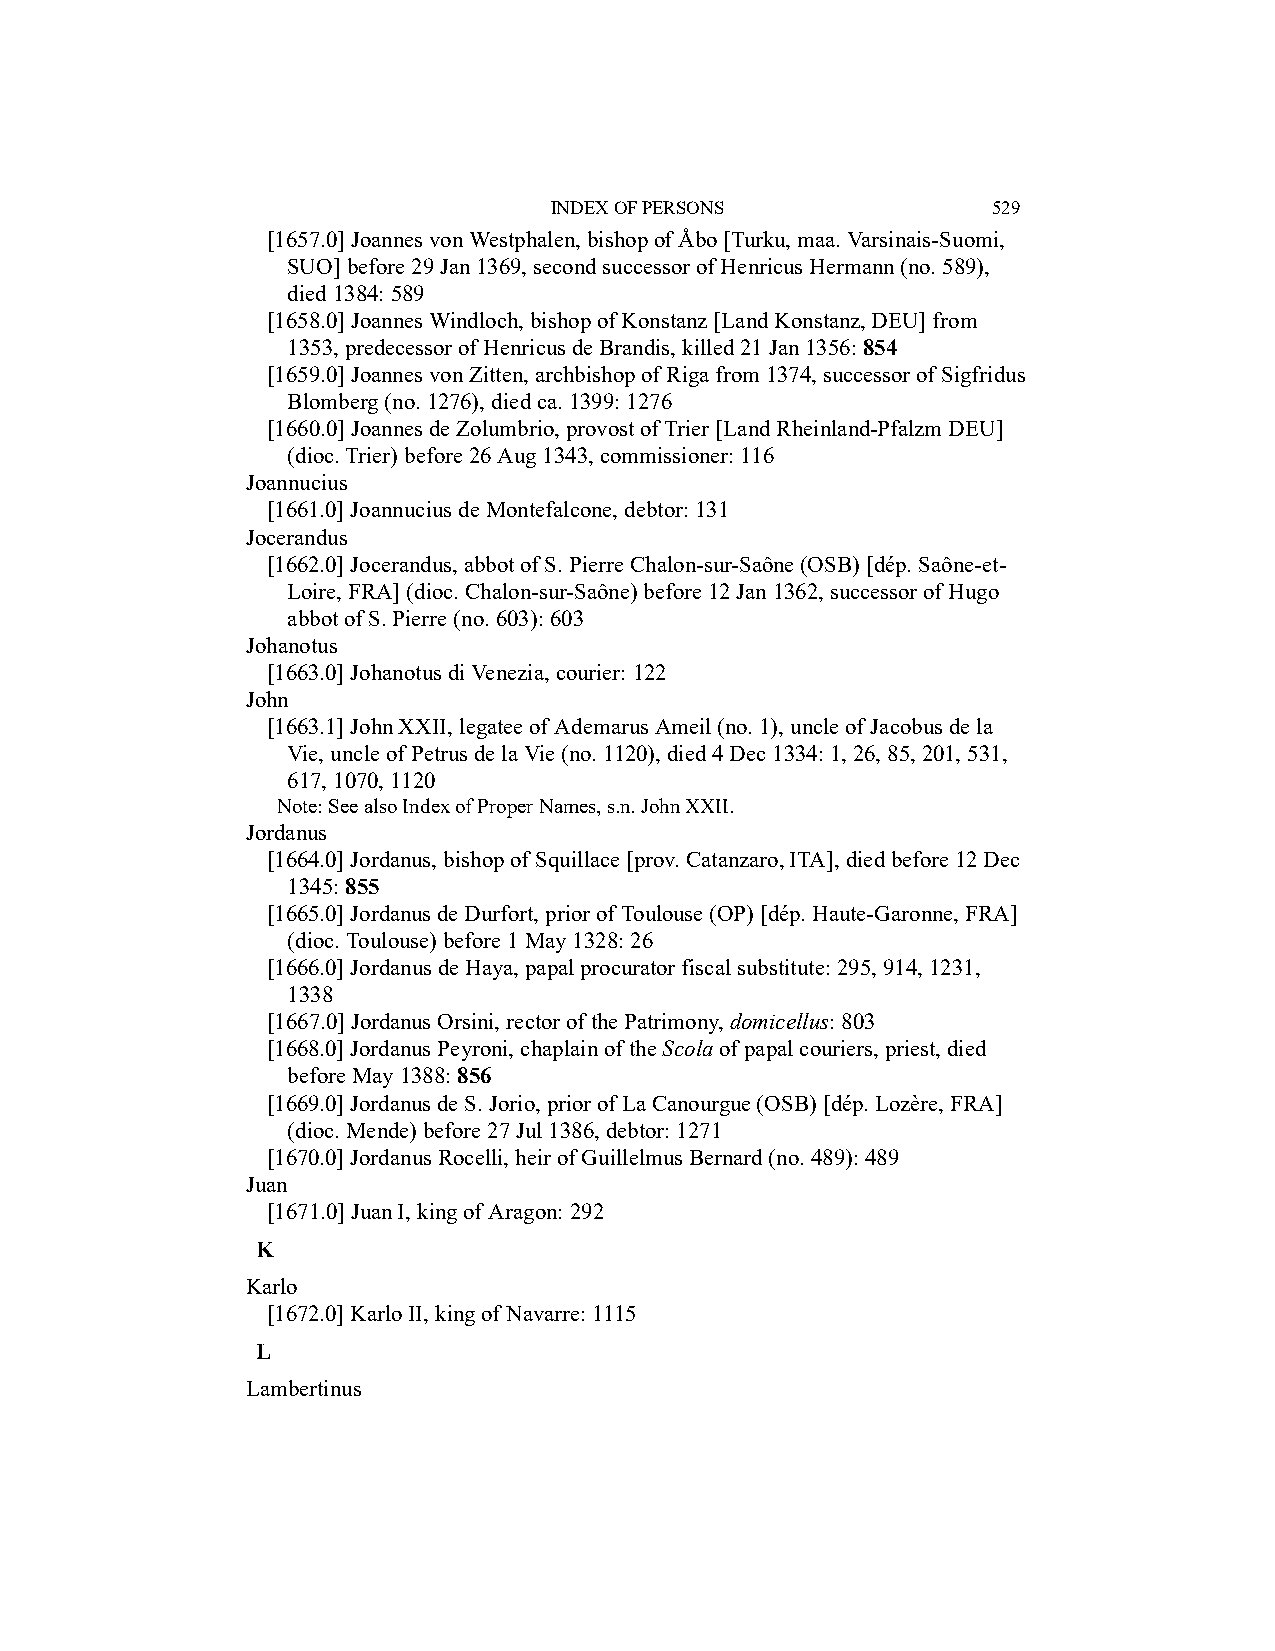
INDEX OF PERSONS              529
 [1657.0] Joannes von Westphalen, bishop of Åbo [Turku, maa. Varsinais-Suomi,
 SUO] before 29 Jan 1369, second successor of Henricus Hermann (no. 589),
 died 1384: 589
 [1658.0] Joannes Windloch, bishop of Konstanz [Land Konstanz, DEU] from
 1353, predecessor of Henricus de Brandis, killed 21 Jan 1356: 854
 [1659.0] Joannes von Zitten, archbishop of Riga from 1374, successor of Sigfridus
 Blomberg (no. 1276), died ca. 1399: 1276
 [1660.0] Joannes de Zolumbrio, provost of Trier [Land Rheinland-Pfalzm DEU]
 (dioc. Trier) before 26 Aug 1343, commissioner: 116
 Joannucius
 [1661.0] Joannucius de Montefalcone, debtor: 131
 Jocerandus
 [1662.0] Jocerandus, abbot of S. Pierre Chalon-sur-Saône (OSB) [dép. Saône-et-
 Loire, FRA] (dioc. Chalon-sur-Saône) before 12 Jan 1362, successor of Hugo
 abbot of S. Pierre (no. 603): 603
 Johanotus
 [1663.0] Johanotus di Venezia, courier: 122
 John
 [1663.1] John XXII, legatee of Ademarus Ameil (no. 1), uncle of Jacobus de la
 Vie, uncle of Petrus de la Vie (no. 1120), died 4 Dec 1334: 1, 26, 85, 201, 531,
 617, 1070, 1120
 Note: See also Index of Proper Names, s.n. John XXII.
 Jordanus
 [1664.0] Jordanus, bishop of Squillace [prov. Catanzaro, ITA], died before 12 Dec
 1345: 855
 [1665.0] Jordanus de Durfort, prior of Toulouse (OP) [dép. Haute-Garonne, FRA]
 (dioc. Toulouse) before 1 May 1328: 26
 [1666.0] Jordanus de Haya, papal procurator fiscal substitute: 295, 914, 1231,
 1338
 [1667.0] Jordanus Orsini, rector of the Patrimony, domicellus: 803
 [1668.0] Jordanus Peyroni, chaplain of the Scola of papal couriers, priest, died
 before May 1388: 856
 [1669.0] Jordanus de S. Jorio, prior of La Canourgue (OSB) [dép. Lozère, FRA]
 (dioc. Mende) before 27 Jul 1386, debtor: 1271
 [1670.0] Jordanus Rocelli, heir of Guillelmus Bernard (no. 489): 489
 Juan
 [1671.0] Juan I, king of Aragon: 292
 K
 Karlo
 [1672.0] Karlo II, king of Navarre: 1115
 L
 Lambertinus